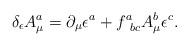
LaTeX: \begin{align*}\delta_\epsilon A^a_\mu = \partial_\mu \epsilon^a + f^a_{\; \; b c}A^b _\mu \epsilon^c .\end{align*}